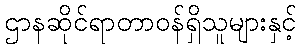
ဌာနဆိုင်ရာတာဝန်ရှိသူများနှင့်